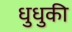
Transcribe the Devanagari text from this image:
धुधुकी